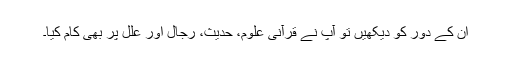
اُن کے دور کو دیکھیں تو آپ نے قرآنی علوم، حدیث، رجال اور علل پر بھی کام کیا۔